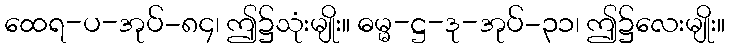
ထေရ-ပ-အုပ်-၈၄၊ ဤ၌သုံးမျိုး။ ဓမ္မ-ဋ္ဌ-ဒု-အုပ်-၃၁၊ ဤ၌လေးမျိုး။